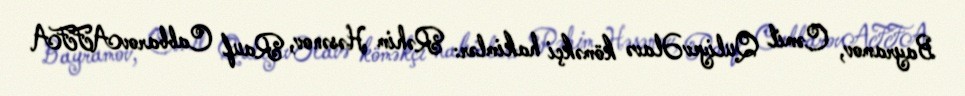
Bayramov, Cəmil QuliyevƏlavə köməkçi hakimlər: Rəhim Həsənov, Rauf CabbarovAFFA